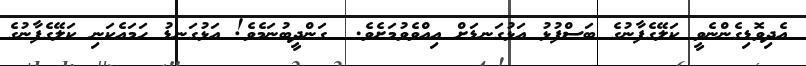
އެދިވޮޑިގެންނެވީ ކަލޭގެފާނުގެ ބަސްފުޅު އަޅުގަނޑަށް އިއްވެވުމަށެވެ.  ގަންދީބުނަމެވެ! އަޅުގަނޑު ހަމައެކަނި ކަލޭގެފާނުގެ